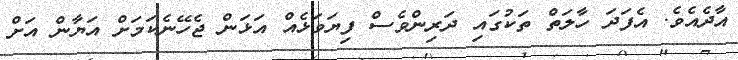
އާދެއެވެ. އެފަދަ ހާލަތް ތަކުގައި ދަރިންވެސް ފިޔަވަޅެއް އަޅަން ޖެހޭނެކަމަށް އަޔާން އަށް